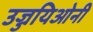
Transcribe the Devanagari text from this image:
उज्जयिओनी